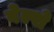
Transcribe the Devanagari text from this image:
बेल्शे